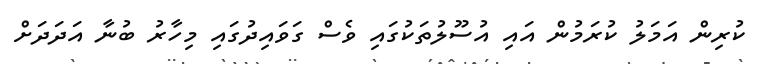
ކުރިން އަމަލު ކުރަމުން އައި އުސޫލުތަކުގައި ވެސް ގަވައިދުގައި މިހާރު ބުނާ އަދަދަށް